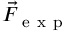
\vec { F } _ { \mathrm { ~ e ~ x ~ p ~ } }